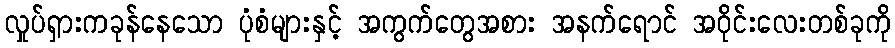
လှုပ်ရှားကခုန်နေသော ပုံစံများနှင့် အကွက်တွေအစား အနက်ရောင် အဝိုင်းလေးတစ်ခုကို